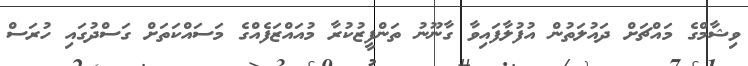
ވިޝާމްގެ މައްޗަށް ދައުލަތުން އުފުލާފައިވާ ގާނޫނު ތަންފީޒުކުރާ މުއައްޒަފެއްގެ މަސައްކަތަށް ގަސްދުގައި ހުރަސް